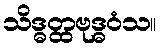
သိဒ္ဓတ္ထဗုဒ္ဓဝံသ။